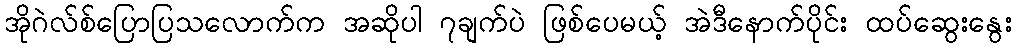
အိုဂဲလ်စ်ပြောပြသလောက်က အဆိုပါ ၇ချက်ပဲ ဖြစ်ပေမယ့် အဲဒီနောက်ပိုင်း ထပ်ဆွေးနွေး